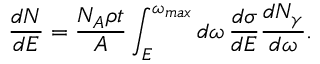
\frac { d N } { d E } = \frac { N _ { A } \rho t } { A } \int _ { E } ^ { \omega _ { m a x } } d \omega \, \frac { d \sigma } { d E } \frac { d N _ { \gamma } } { d \omega } .